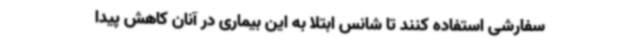
سفارشی استفاده کنند تا شانس ابتلا به این بیماری در آنان کاهش پیدا